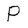
Character: P